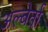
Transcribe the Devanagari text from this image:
अल्बेर्ता